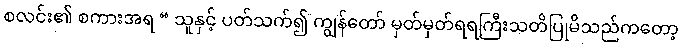
စလင်း၏ စကားအရ “ သူနှင့် ပတ်သက်၍ ကျွန်တော် မှတ်မှတ်ရရကြီးသတိပြုမိသည်ကတော့